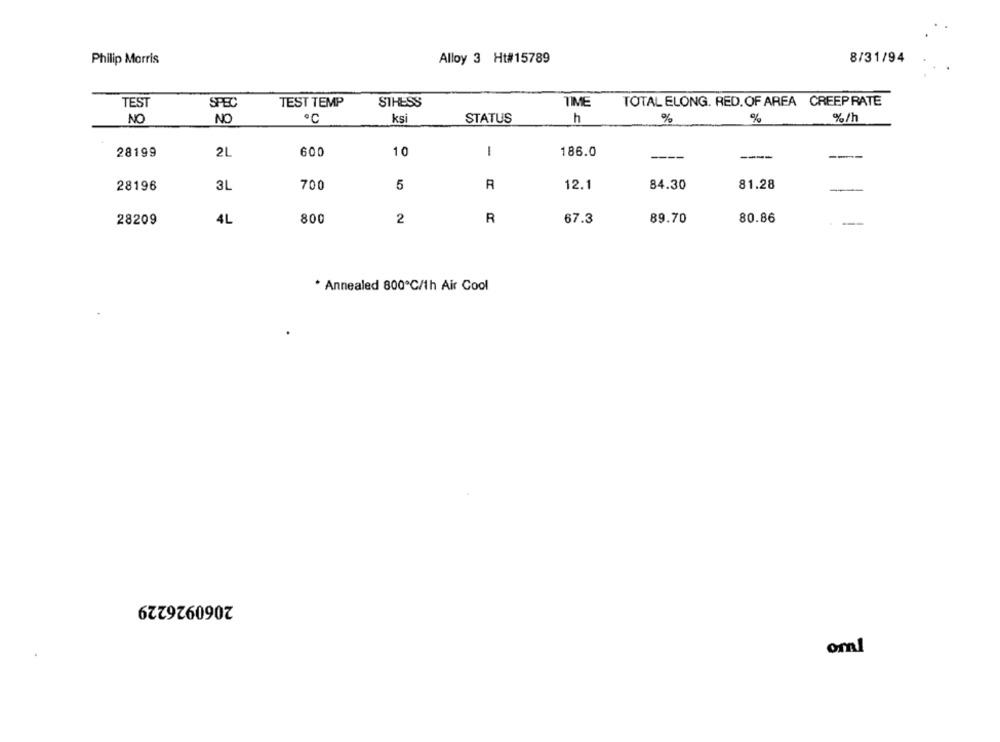
Alloy 3 Ht#15789
8/31/94
Philip Morris
TEST
SPEC
TEST TEMP
SIHESS
TIME
TOTAL ELONG. RED.OF AREA CREEPRATE
NO
NO
·℃
ksi
STATUS
h
%
%/h
%
28199
2L
600
10
-
186.0
---
----
---
3L
A
12.1
84.30
81.28
28196
700
5
28209
4L
800
2
R
67.3
89.70
80.86
* Annealed 800℃/1h Air Cool
2060926229
oml